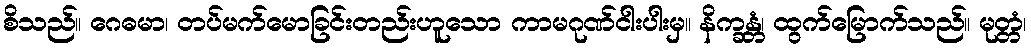
စိသည်။ ဂေဓမာ၊ တပ်မက်မောခြင်းတည်းဟူသော ကာမဂုဏ်ငါးပါးမှ။ နိက္ခန္တံ၊ ထွက်မြောက်သည်။ မုတ္တံ၊